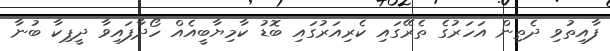
ފާއިތުވި ދެތިން އަހަރުގެ ތެރޭގައި ކެރިއަރުގައި ބޮޑު ކާމިޔާބީއެއް ހޯދާފައިވާ ދީޕިކާ ބުނާ